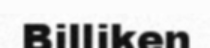
Billiken